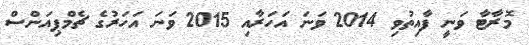
މޮރާޓާ ވަނީ ފާއިތުވި 2014 ވަނަ އަހަރާއި 2015 ވަނަ އަހަރުގެ ޗެމްޕިއަންސް